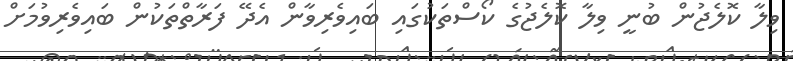
ވިލާ ކޮލެޖުން ބުނީ ވިލާ ކޮލެޖުގެ ކޯސްތަކުގައި ބައިވެރިވާން އެދޭ ފަރާތްތަކުންް ބައިވެރިވުމަށް